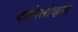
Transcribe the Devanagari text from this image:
दानिलोव्हना